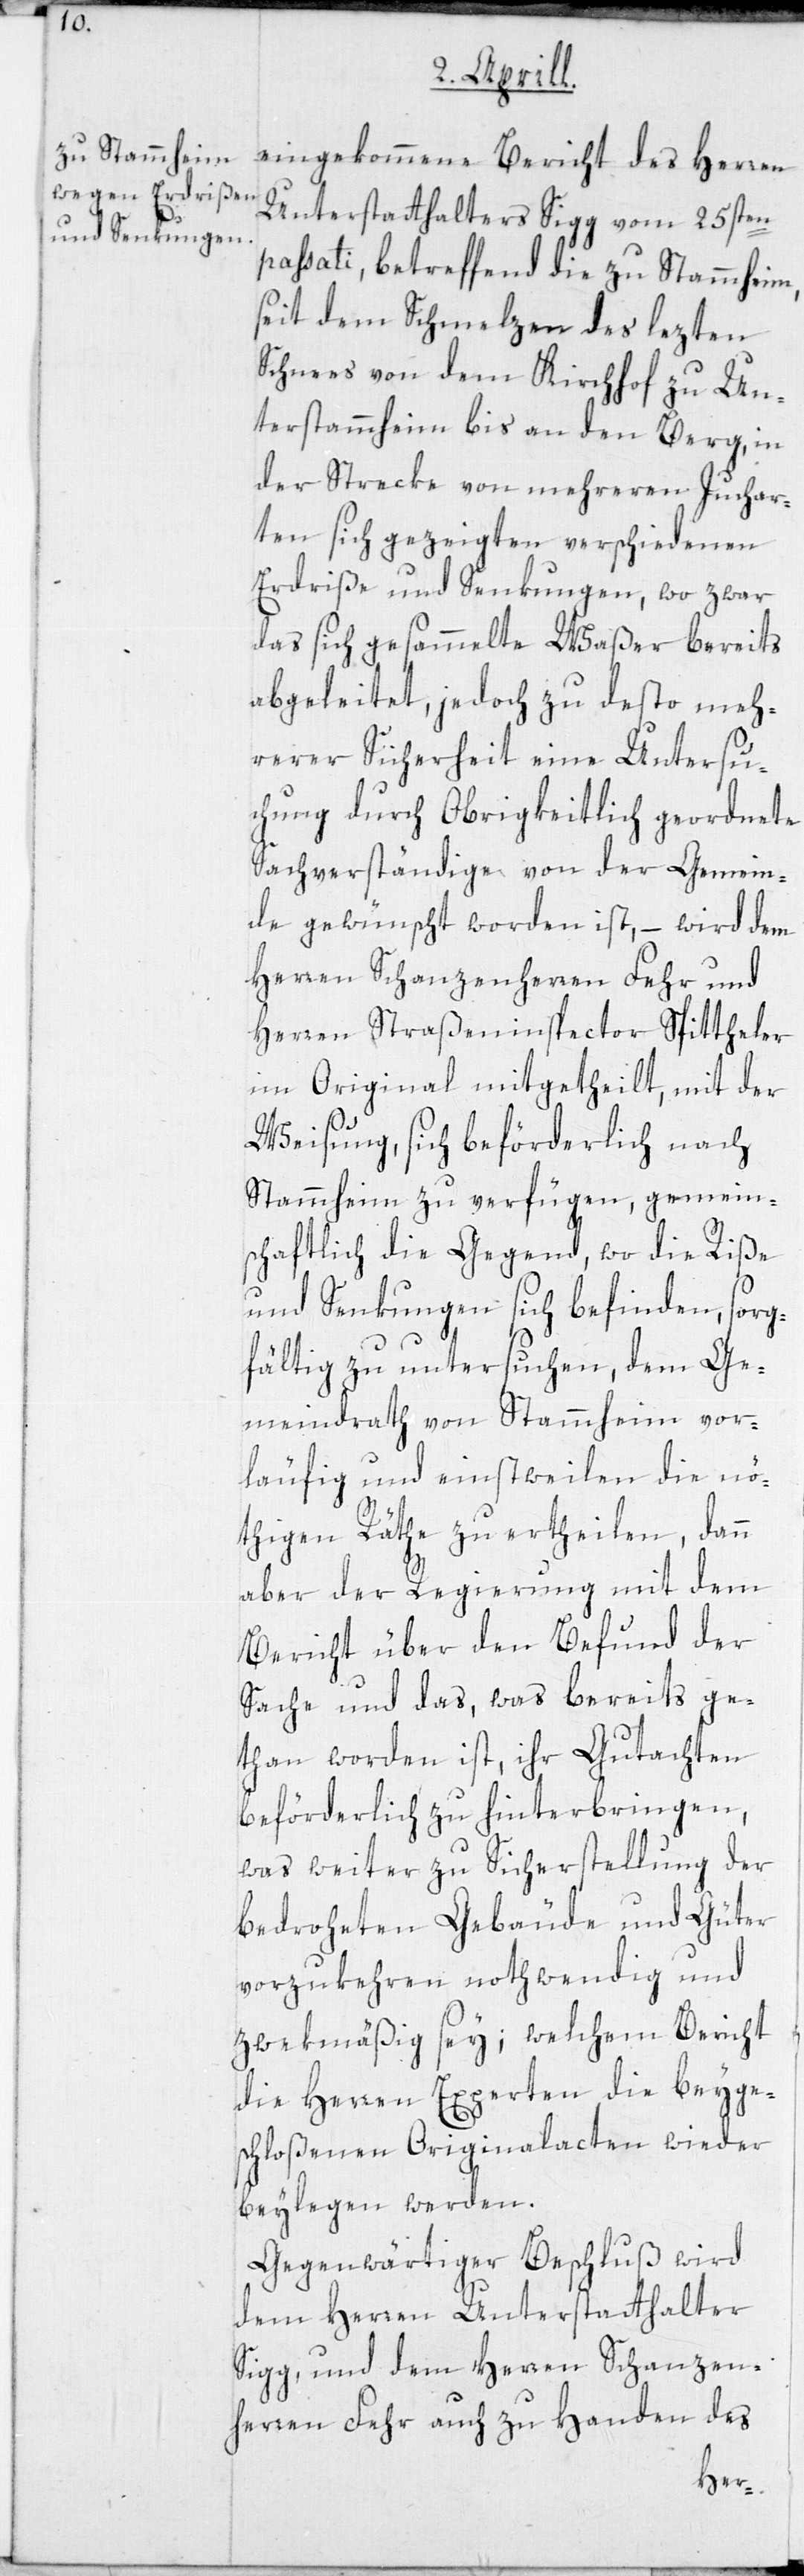
eingekommene Bericht des Herren
Unterstatthalters Sigg vom 25sten
passati, betreffend die zu Stammheim,
seit dem Schmelzen des letzten
Schnees von dem Kirchhof zu Un¬
terstammheim bis an den Berg, in
der Strecke von mehreren Juchar¬
ten sich gezeigten verschiedenen
Erdriße und Senkungen, wo zwar
das sich gesammelte Waßer bereits
abgeleitet, jedoch zu desto meh¬
rerer Sicherheit eine Untersu¬
chung durch Obrigkeitlich geordnete
Sachverständige von der Gemein¬
de gewünscht worden ist, – wird dem
Herren Schanzenherren Fehr und
Herren Straßeninspector Spittheler
im Original mitgetheilt, mit der
Weisung, sich beförderlich nach
Stammheim zu verfügen, gemein¬
schaftlich die Gegend, wo die Riße
und Senkungen sich befinden, sorg¬
fältig zu untersuchen, dem Ge¬
meindrath von Stammheim vor¬
läufig und einstweilen die nö¬
thigen Räthe zu ertheilen, dann
aber der Regierung mit dem
Bericht über den Befund der
Sache und das, was bereits ge¬
than worden ist, ihr Gutachten
beförderlich zu hinterbringen,
was weiter zu Sicherstellung der
bedroheten Gebäude und Güter
vorzukehren nothwendig und
zweckmäßig sey; welchem Bericht
die Herren Experten die beyge¬
schloßenen Originalacten wieder
beylegen werden.
Gegenwärtiger Beschluß wird
dem Herren Unterstatthalter
Sigg, und dem Herren Schanzen¬
herren Fehr auch zu Handen des